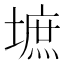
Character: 墌